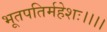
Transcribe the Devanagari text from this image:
भूतपतिर्महेशः।।।।